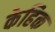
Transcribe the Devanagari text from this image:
केहिक